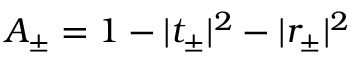
A _ { \pm } = 1 - | t _ { \pm } | ^ { 2 } - | r _ { \pm } | ^ { 2 }